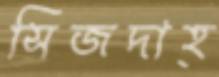
সিজদাহ্